Civil Veterinary Dept. Assam report 1911-1927 - 1911-1927
Year: 1911
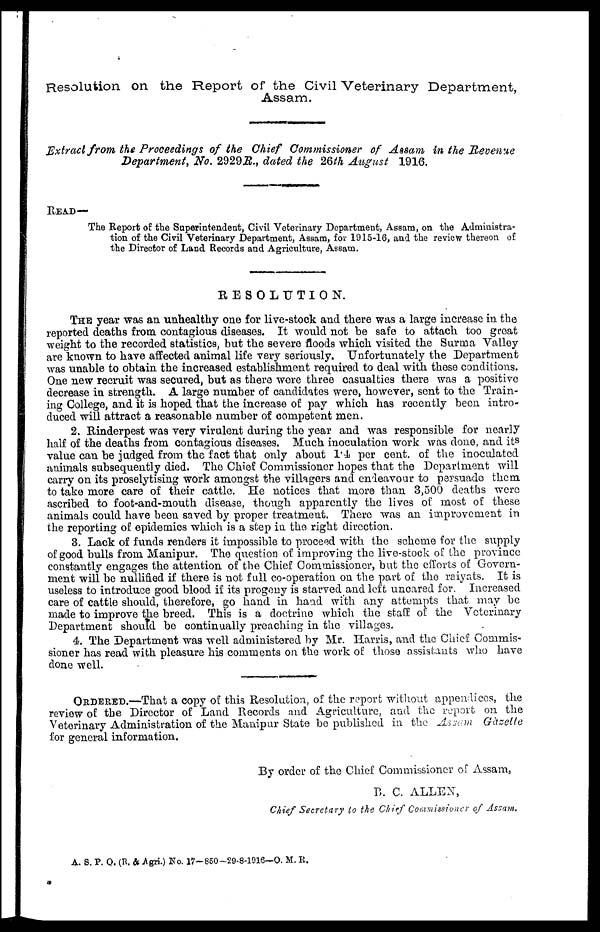
Resolution on the Report of the Civil Veterinary Department,
Assam.
Extract from the Proceedings of the Chief Commissioner of Assam in the Revenue
Department, No. 2929R., dated the 26th August 1916.
READ—
The Report of the Superintendent, Civil Veterinary Department, Assam, on the Administra-
tion of the Civil Veterinary Department, Assam, for 1915-16, and the review thereon of
the Director of Land Records and Agriculture, Assam.
— — — — — — — R E S O L U T I O N .
THE year was an unhealthy one for live-stock and there was a large increase in the
reported deaths from contagious diseases. It would not be safe to attach too great
weight to the recorded statistics, but the severe iloods which visited the Surma Valley
are known to have affected animal life very seriously. Unfortunately the Department
was unable to obtain the increased establishment required to deal with these conditions.
One new recruit was secured, but as there were three casualties there was a positive
decrease in strength. A large number of candidates were, however, sent to the Train-
ing College, and it is hoped that the increase of pay which has recently been intro-
duced will attract a reasonable number of competent men.
2. Rinderpest was very virulent during the year and was responsible for nearly
half of the deaths from contagious diseases. Much inoculation work was done, and its
value can be judged from the fact that only about 1.4 per cent. of the inoculated
animals subsequently died. The Chief Commissioner hopes that the Department will
carry on its proselytising work amongst the villagers and endeavour to persuade them
to take more care of their cattle, He notices that more than 3,500 deaths were
ascribed to foot-and-mouth disease, though apparently the lives of most of these
animals could have been saved by proper treatment. There was an improvement in
the reporting of epidemics which is a step in the right direction,
3. Lack of funds renders it impossible to proceed with the scheme for the supply
of good bulls from Manipur. The question of improving the live-stock of the province
constantly engages the attention of the Chief Commissioner, but the efforts of Govern-
ment will be nullified if there is not full co-operation on the part of the raiyats. It is
useless to introduce good blood if its progeny is starved and left uncared for. Increased
care of cattle should, therefore, go hand in hand with any attempts that may be
made to improve the breed. This is a doctrine which the staff of the Veterinary
Department should be continually preaching in the villages.
4. The Department was well administered by Mr. Harris, and the Chief Commis-
sioner has read with pleasure his comments on the work of those assistants who have
done well.
ORDERED.—That a copy of this Resolution, of the report without appendices, the
review of the Director of Land Records and Agriculture, and the report on the
Veterinary Administration of the Manipur State be published in the Assam Gazette
for general information.
By order of the Chief Commissioner of Assam,
B. C. ALLEN,
Chief Secretary to the Chief Commissioner of Assam,
A. S. P. O. (R. & Agri.) No. 17-850-29-8-1916—O. M. R.